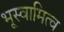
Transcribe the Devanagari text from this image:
भूस्वामित्व